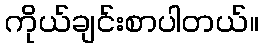
ကိုယ်ချင်းစာပါတယ်။